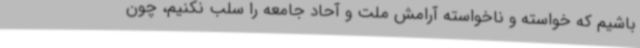
باشیم که خواسته و ناخواسته آرامش ملت و آحاد جامعه را سلب نکنیم، چون